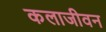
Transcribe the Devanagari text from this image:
कलाजीवन